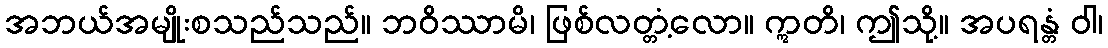
အဘယ်အမျိုးစသည်သည်။ ဘဝိဿာမိ၊ ဖြစ်လတ္တံ့လော။ ဣတိ၊ ဤသို့။ အပရန္တံ ဝါ၊